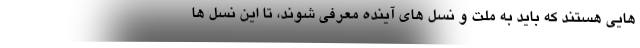
هایی هستند که باید به ملت و نسل های آینده معرفی شوند، تا این نسل ها